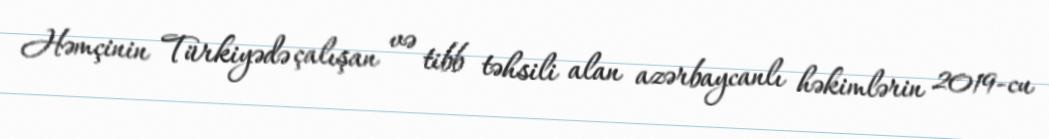
Həmçinin Türkiyədə çalışan və tibb təhsili alan azərbaycanlı həkimlərin 2019-cu